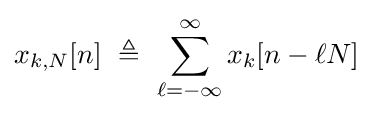
x_{k,N}[n]\ \triangleq \ \sum _{\ell =-\infty }^{\infty }x_{k}[n-\ell N]